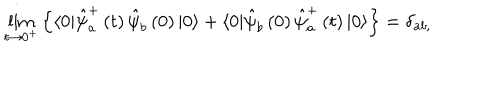
\lim _ { t \rightarrow 0 ^ { + } } \left\{ \langle 0 | \hat { \psi } _ { a } ^ { + } \left( t \right) \hat { \psi } _ { b } \left( 0 \right) | 0 \rangle + \langle 0 | \hat { \psi } _ { b } \left( 0 \right) \hat { \psi } _ { a } ^ { + } \left( t \right) | 0 \rangle \right\} = \delta _ { a b , } ^ { }